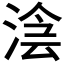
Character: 𣸊